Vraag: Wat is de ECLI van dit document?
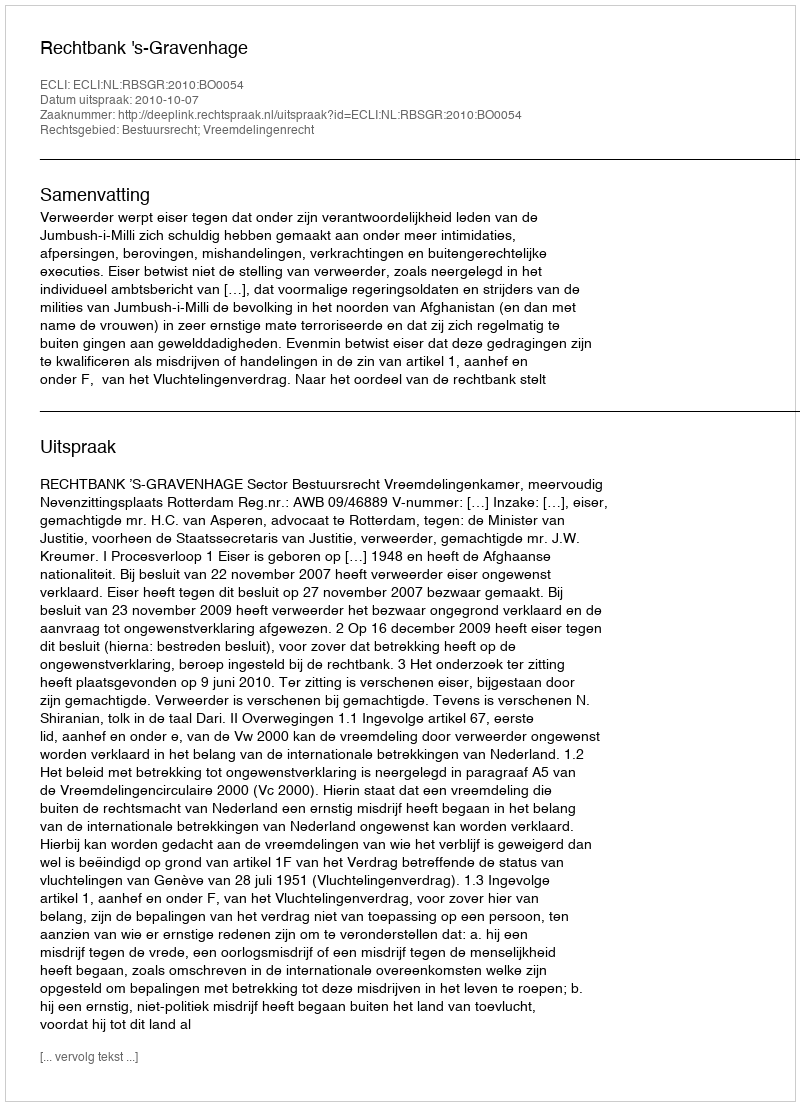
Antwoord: ECLI:NL:RBSGR:2010:BO0054